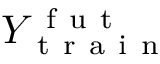
Y _ { \mathrm { ~ t ~ r ~ a ~ i ~ n ~ } } ^ { \mathrm { ~ f ~ u ~ t ~ } }